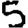
Digit: 5